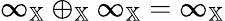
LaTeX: \infty_{\mathbb{X}}\oplus_{\mathbb{X}}\infty_{\mathbb{X}}=\infty_{\mathbb{X}}